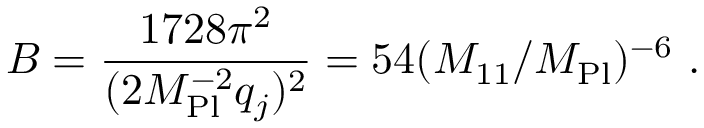
B = \frac { 1 7 2 8 \pi ^ { 2 } } { ( 2 M _ { \mathrm { P l } } ^ { - 2 } q _ { j } ) ^ { 2 } } = 5 4 ( M _ { 1 1 } / M _ { \mathrm { P l } } ) ^ { - 6 } \ .